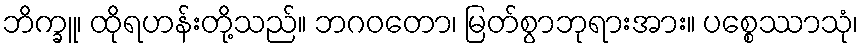
ဘိက္ခူ၊ ထိုရဟန်းတို့သည်။ ဘဂဝတော၊ မြတ်စွာဘုရားအား။ ပစ္စေဿာသုံ၊